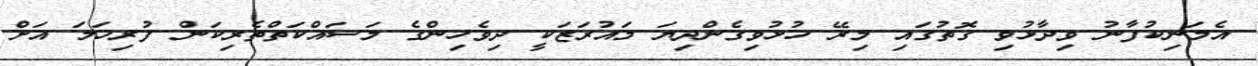
އެމަނިކުފާނު ވިދާޅުވި ގޮތުގައި މިރޭ ހުޅުވިގެންދިޔަ މައުރަޒަކީ ދިވެހިންގެ މަސައްކަތްތެރިކަން ފުރިހަމަ އަށް